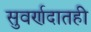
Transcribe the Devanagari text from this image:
सुवर्णदातही